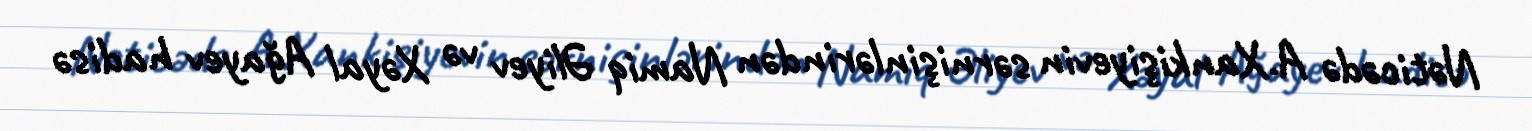
Nəticədə A.Xankişiyevin sərnişinlərindən Namiq Əliyev və Xəyal Ağayev hadisə